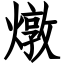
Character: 燉